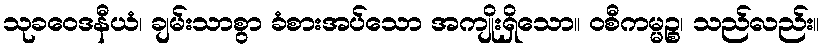
သုခဝေဒနီယံ၊ ချမ်းသာစွာ ခံစားအပ်သော အကျိုးရှိသော။ ဝစီကမ္မဉ္စ၊ သည်လည်း။